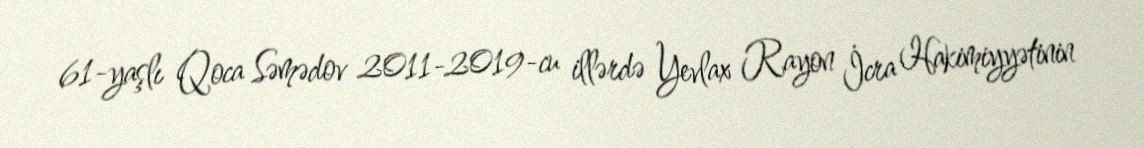
61-yaşlı Qoca Səmədov 2011-2019-cu illərdə Yevlax Rayon İcra Hakimiyyətinin